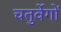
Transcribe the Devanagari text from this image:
चतुर्वेगों